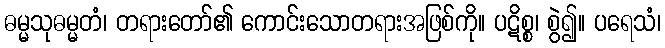
ဓမ္မသုဓမ္မတံ၊ တရားတော်၏ ကောင်းသောတရားအဖြစ်ကို။ ပဋိစ္စ၊ စွဲ၍။ ပရေသံ၊